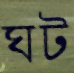
ঘট